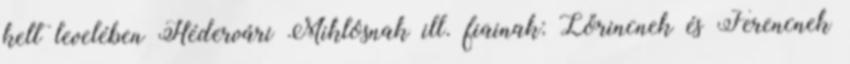
kelt levelében Hédervári Miklósnak ill. fiainak: Lőrincnek és Ferencnek